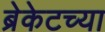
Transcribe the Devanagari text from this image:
ब्रेकेटच्या